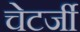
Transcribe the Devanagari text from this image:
चेटर्जी